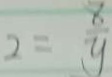
2 = \frac { 8 } { y }